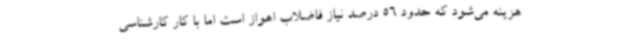
هزینه می‌شود که حدود 56 درصد نیاز فاضلاب اهواز است اما با کار کارشناسی